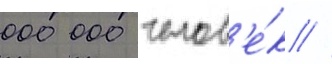
000 000 челов'е́к //